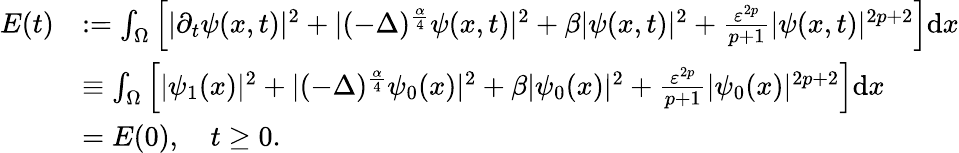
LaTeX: \begin{array}{rl}{E(t)}&{:=\int_{\Omega}\left[|\partial_{t}\psi(x,t)|^{2}+|(-\Delta)^{\frac{\alpha}{4}}\psi(x,t)|^{2}+\beta|\psi(x,t)|^{2}+\frac{\varepsilon^{2p}}{p+1}|\psi(x,t)|^{2p+2}\right]\textrm{d}x}\\ &{\equiv\int_{\Omega}\left[|\psi_{1}(x)|^{2}+|(-\Delta)^{\frac{\alpha}{4}}\psi_{0}(x)|^{2}+\beta|\psi_{0}(x)|^{2}+\frac{\varepsilon^{2p}}{p+1}|\psi_{0}(x)|^{2p+2}\right]\textrm{d}x}\\ &{=E(0),\quad t\geq 0.}\end{array}